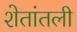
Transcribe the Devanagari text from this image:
शेतांतली